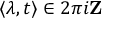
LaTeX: \langle \lambda , t \rangle \in 2 \pi i \mathbf { Z }